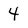
Character: 4